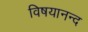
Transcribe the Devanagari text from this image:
विषयानन्द